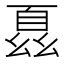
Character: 𫷢